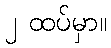
၂ ထပ်မှာ။